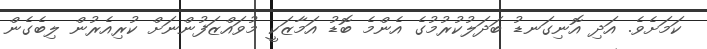
ކަމަށެވެ. އަދި އޮނިގަނޑު ބަދަލުކުރުމުގެ އެންމެ ބޮޑު އަމާޒަކީ މުވައްޒަފުންނަށް ކުރިއެރުން ލިބެގެން